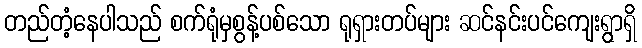
တည်တံ့နေပါသည် စက်ရုံမှစွန့်ပစ်သော ရုရှားတပ်များ ဆင်နင်းပင်ကျေးရွာရှိ